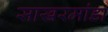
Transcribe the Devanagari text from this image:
साखरमांडा